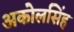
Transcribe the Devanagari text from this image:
अकोलसिंह